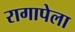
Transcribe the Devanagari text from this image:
रागापेला